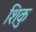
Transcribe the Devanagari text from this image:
शिकु